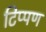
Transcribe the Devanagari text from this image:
टिप्‍पण